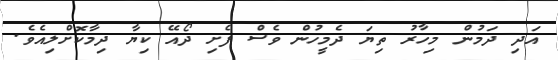
އަދި ދަމުން މިހާރު ތިޔަ ދެމީހުން ވެސް ފެށި ދޯއޭ ކިޔާ ދިމާކޮށްލިއެވެ.